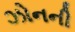
ઝોનની